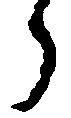
ら